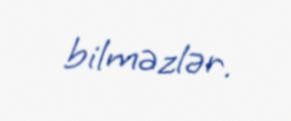
bilməzlər.